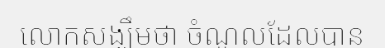
លោកសង្ឃឹមថា ចំណូលដែលបាន